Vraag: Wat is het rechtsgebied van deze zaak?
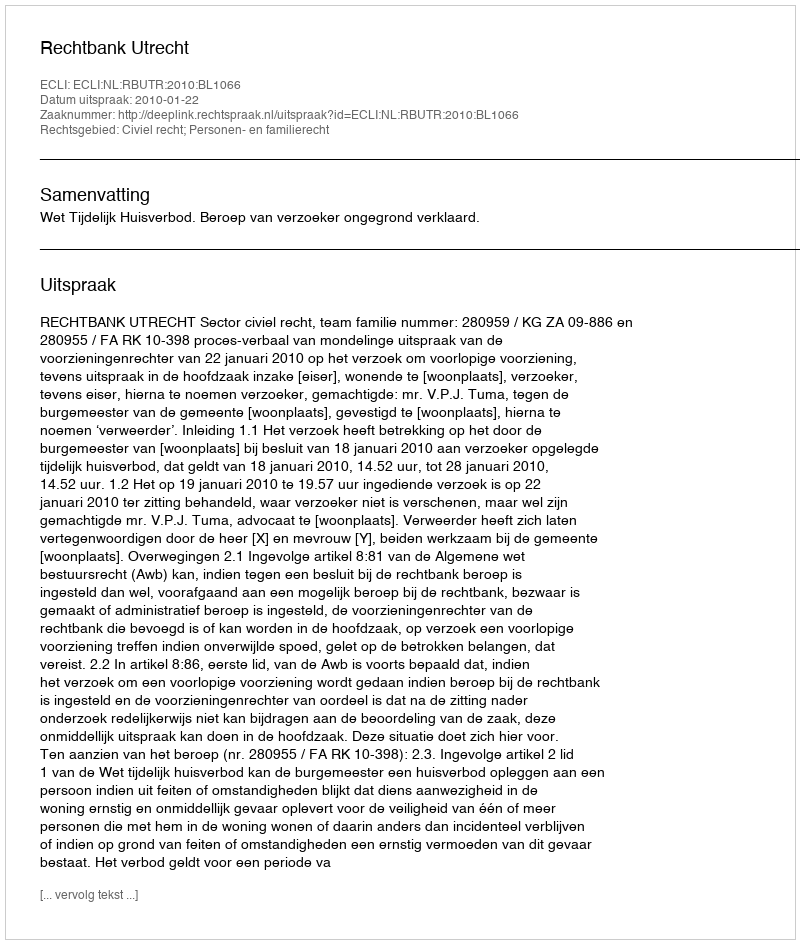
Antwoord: Civiel recht; Personen- en familierecht